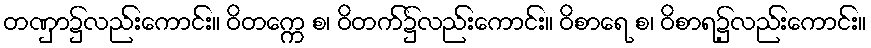
တဏှာ၌လည်းကောင်း။ ဝိတက္ကေ စ၊ ဝိတက်၌လည်းကောင်း။ ဝိစာရေ စ၊ ဝိစာရ၌လည်းကောင်း။